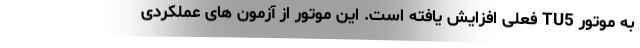
به موتور TU5 فعلی افزایش یافته است. این موتور از آزمون های عملکردی